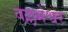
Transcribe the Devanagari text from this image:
वल्लभेश्वर